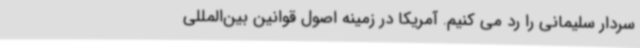
سردار سلیمانی را رد می کنیم. آمریکا در زمینه اصول قوانین بین‌المللی